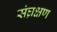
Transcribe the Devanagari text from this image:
संघ्रक्षण